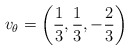
\begin{align*}v_{\theta}=\left( \frac{1}{3},\frac{1}{3},-\frac{2}{3} \right) \end{align*}